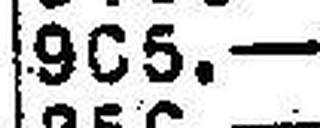
905.—